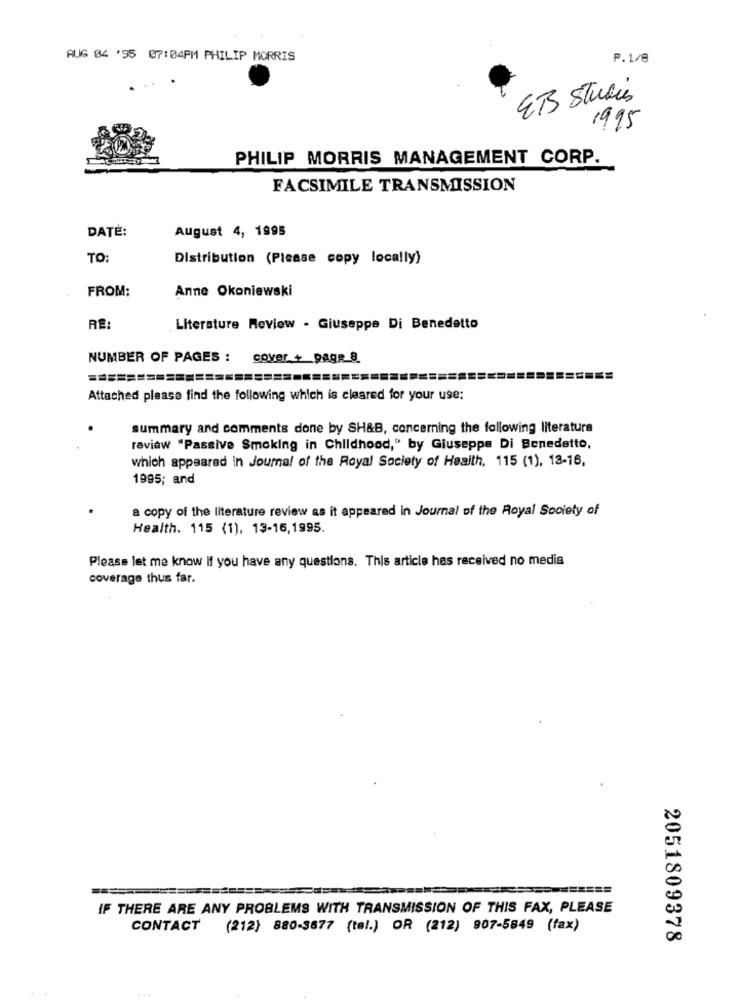
AUG 84 '95 07:04PM PHILIP MORRIS
P.1/8
ETS Studies
1995
PHILIP MORRIS MANAGEMENT CORP.
FACSIMILE TRANSMISSION
DATE:
August 4, 1995
TO
Distribution (Please copy locally)
FROM:
Anne Okoniewski
RE:
Literature Review . Giuseppe Di Benedetto
NUMBER OF PAGES :
cover + page_8
Attached please find the following which is cleared for your use:
summary and comments done by SH&B, concerning the following literature
review "Passive Smoking in Childhood," by Giuseppe Di Benedetto,
which appeared in Journal of the Royal Society of Health, 115 (1), 13-16,
1995; and
a copy of the literature review as it appeared in Journal of the Royal Society of
Health. 115 (1), 13-15,1995.
Please let me know if you have any questions. This article has received no media
coverage thus far.
=======
IF THERE ARE ANY PROBLEMS WITH TRANSMISSION OF THIS FAX, PLEASE
CONTACT
(212) 880-3877 (tal.) OR (212) 907-5849 (fax)
2051809378